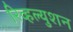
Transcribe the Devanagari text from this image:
रिव्हल्युशन